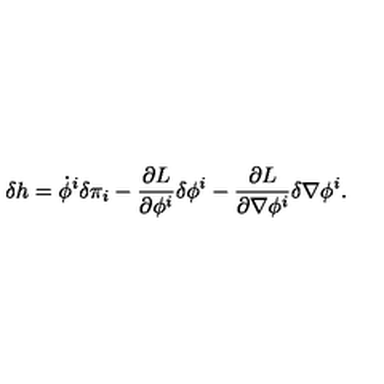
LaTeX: \delta h = \dot { \phi } ^ { i } \delta \pi _ { i } - \frac { \partial L } { \partial \phi ^ { i } } \delta \phi ^ { i } - \frac { \partial L } { \partial \nabla \phi ^ { i } } \delta \nabla \phi ^ { i } .